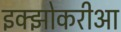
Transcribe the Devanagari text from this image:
इक्झोकरीआ